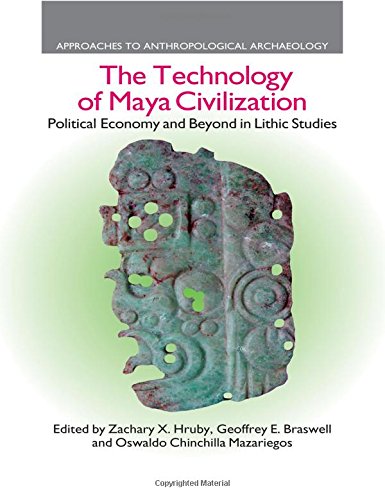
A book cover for The Technology of Maya Civilization: Political Economy Amd Beyond in Lithic Studies (Approaches to Anthropological Archaeology); Zachary X. Hruby; History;